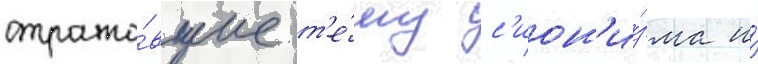
отража́вшие т'е́му с'ион'и́зма и́